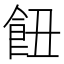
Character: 𩚖